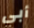
أبي